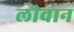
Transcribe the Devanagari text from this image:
लीवान